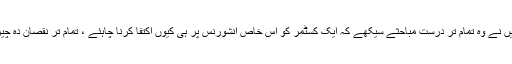
ایک عشرے تک میں نے اس ہیلتھ انشورنس کےلئے کام کیا اور میں نے وہ تمام تر درست مباحثے سیکھے کہ ایک کسٹمر کو اس خاص انشورنس پر ہی کیوں اکتفا کرنا چاہئے ، تمام تر نقصان دہ چیزیں سیکھیں جو اس میں تبدیلی کی بدولت آ سکتی ہیں وغیرہ وغیرہ۔